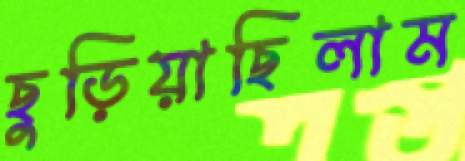
ছুড়িয়াছিলাম